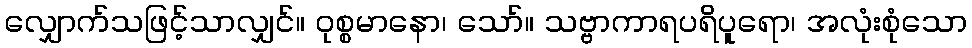
လျှောက်သဖြင့်သာလျှင်။ ဝုစ္စမာနော၊ သော်။ သဗ္ဗာကာရပရိပူရော၊ အလုံးစုံသော